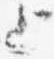
上